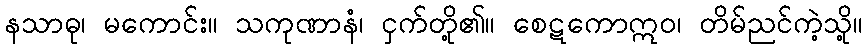
နသာဓု၊ မကောင်း။ သကုဏာနံ၊ ငှက်တို့၏။ စေဋကောဣဝ၊ တိမ်ညင်ကဲ့သို့။